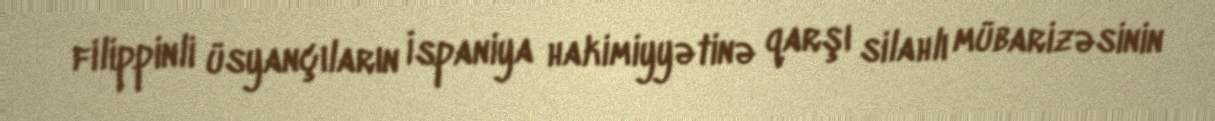
filippinli üsyançıların İspaniya hakimiyyətinə qarşı silahlı mübarizəsinin